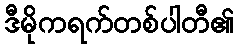
ဒီမိုကရက်တစ်ပါတီ၏